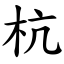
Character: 杭